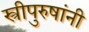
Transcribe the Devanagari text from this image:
स्त्रीपुरुषांनी